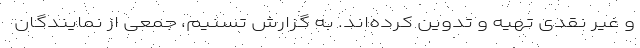
و غیر نقدی تهیه و تدوین کرده‌اند. به گزارش تسنیم، جمعی از نمایندگان